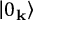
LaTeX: \left| 0 _ { \mathbf { k } } \right\rangle